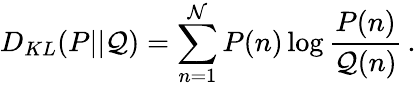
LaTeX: D_{KL}(P||\mathcal{Q})=\sum_{n=1}^{\mathcal{N}}P(n)\log\frac{{P(n)}}{{\mathcal{Q}(n)}}\, .